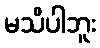
မသိပါဘူး